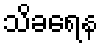
သိခရေန